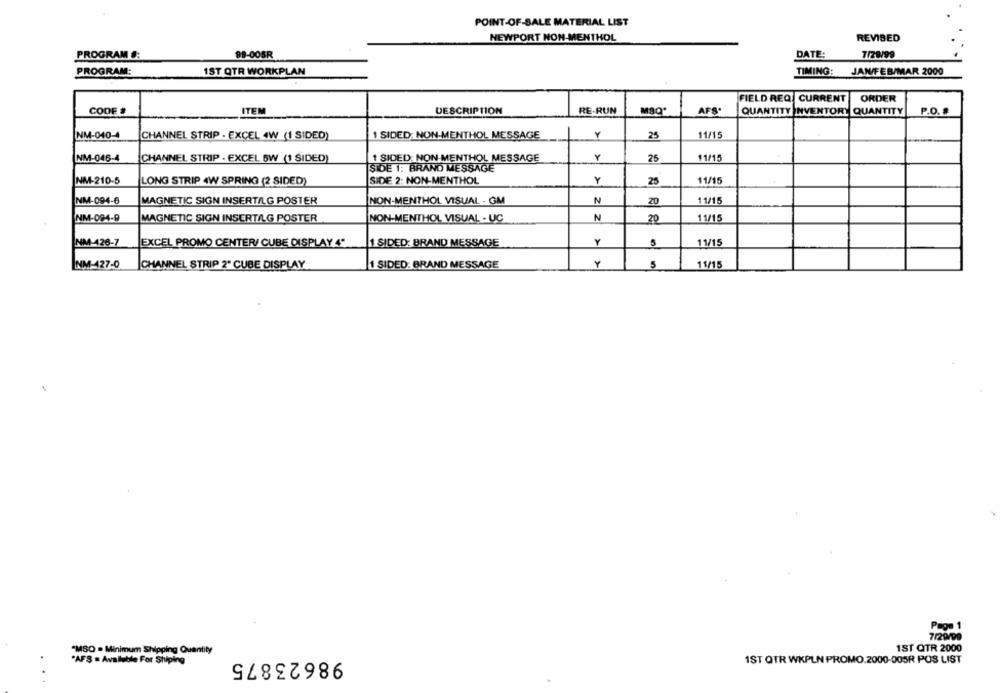
POINT-OF-SALE MATERIAL LIST
NEWPORT NON-MENTHOL
REVISED
PROGRAM :
98-005R
DATE:
7/29/99
PROGRAM:
1ST QTR WORKPLAN
TIMING: JAN/FEB/MAR 2000
ORDER
FIELD REQ. CURRENT
CODE #
ITEM
DESCRIPTION
RE-RUN
AFS.
QUANTITY INVENTORY QUANTITY
P.O. S
NM-040-4
CHANNEL STRIP - EXCEL 4W (1 SIDED)
1 SIDED: NON-MENTHOL MESSAGE
Y
25
11/15
NM-046-4
CHANNEL STRIP - EXCEL SW (1 SIDED)
1 SIDED: NON-MENTHOL MESSAGE
25
11/15
SIDE 1: BRAND MESSAGE
NM-210-5
SIDE 2: NON-MENTHOL
Y
11/15
LONG STRIP 4W SPRING (2 SIDED)
25
NM-094-6
MAGNETIC SIGN INSERT/LG POSTER
NON-MENTHOL VISUAL . GM
N
20
11/15
NM-094-9
MAGNETIC SIGN INSERT/LG POSTER
NON-MENTHOL VISUAL - UC
N
20
11/15
A
NM-426-7
EXCEL PROMO CENTER/ CUBE DISPLAY 4"
1 SIDED: BRAND MESSAGE
5
11/15
1 SIDED: BRAND MESSAGE
Y
5
11/15
NM-427-0
CHANNEL STRIP 2* CUBE DISPLAY
Page 1
7/29/99
"MSO . Minimum Shipping Quantity
1ST QTR 2000
"AFS . Available For Shiping
98623875
IST QTR WKPLN PROMO.2000-005R POS LIST